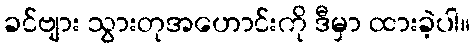
ခင်ဗျား သွားတုအဟောင်းကို ဒီမှာ ထားခဲ့ပါ။